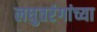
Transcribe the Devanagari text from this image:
लघुतरंगांच्या